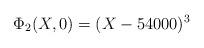
LaTeX: \begin{gather*}\Phi_2(X,0)=(X-54000)^3\end{gather*}